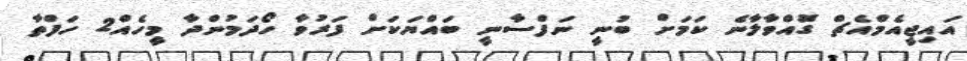
އައިޖީއެމްއެޗް ގޮައްވާލާނެ ކަމަށް ބުނީ ނަފްސާނީ ބައްޔަކަށް ފަރުވާ ހޯދަމުންދާ މީހެއް2 ހަފްތާ